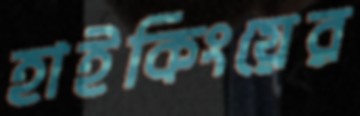
হাইকিংয়ের